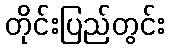
တိုင်းပြည်တွင်း